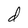
Character: d